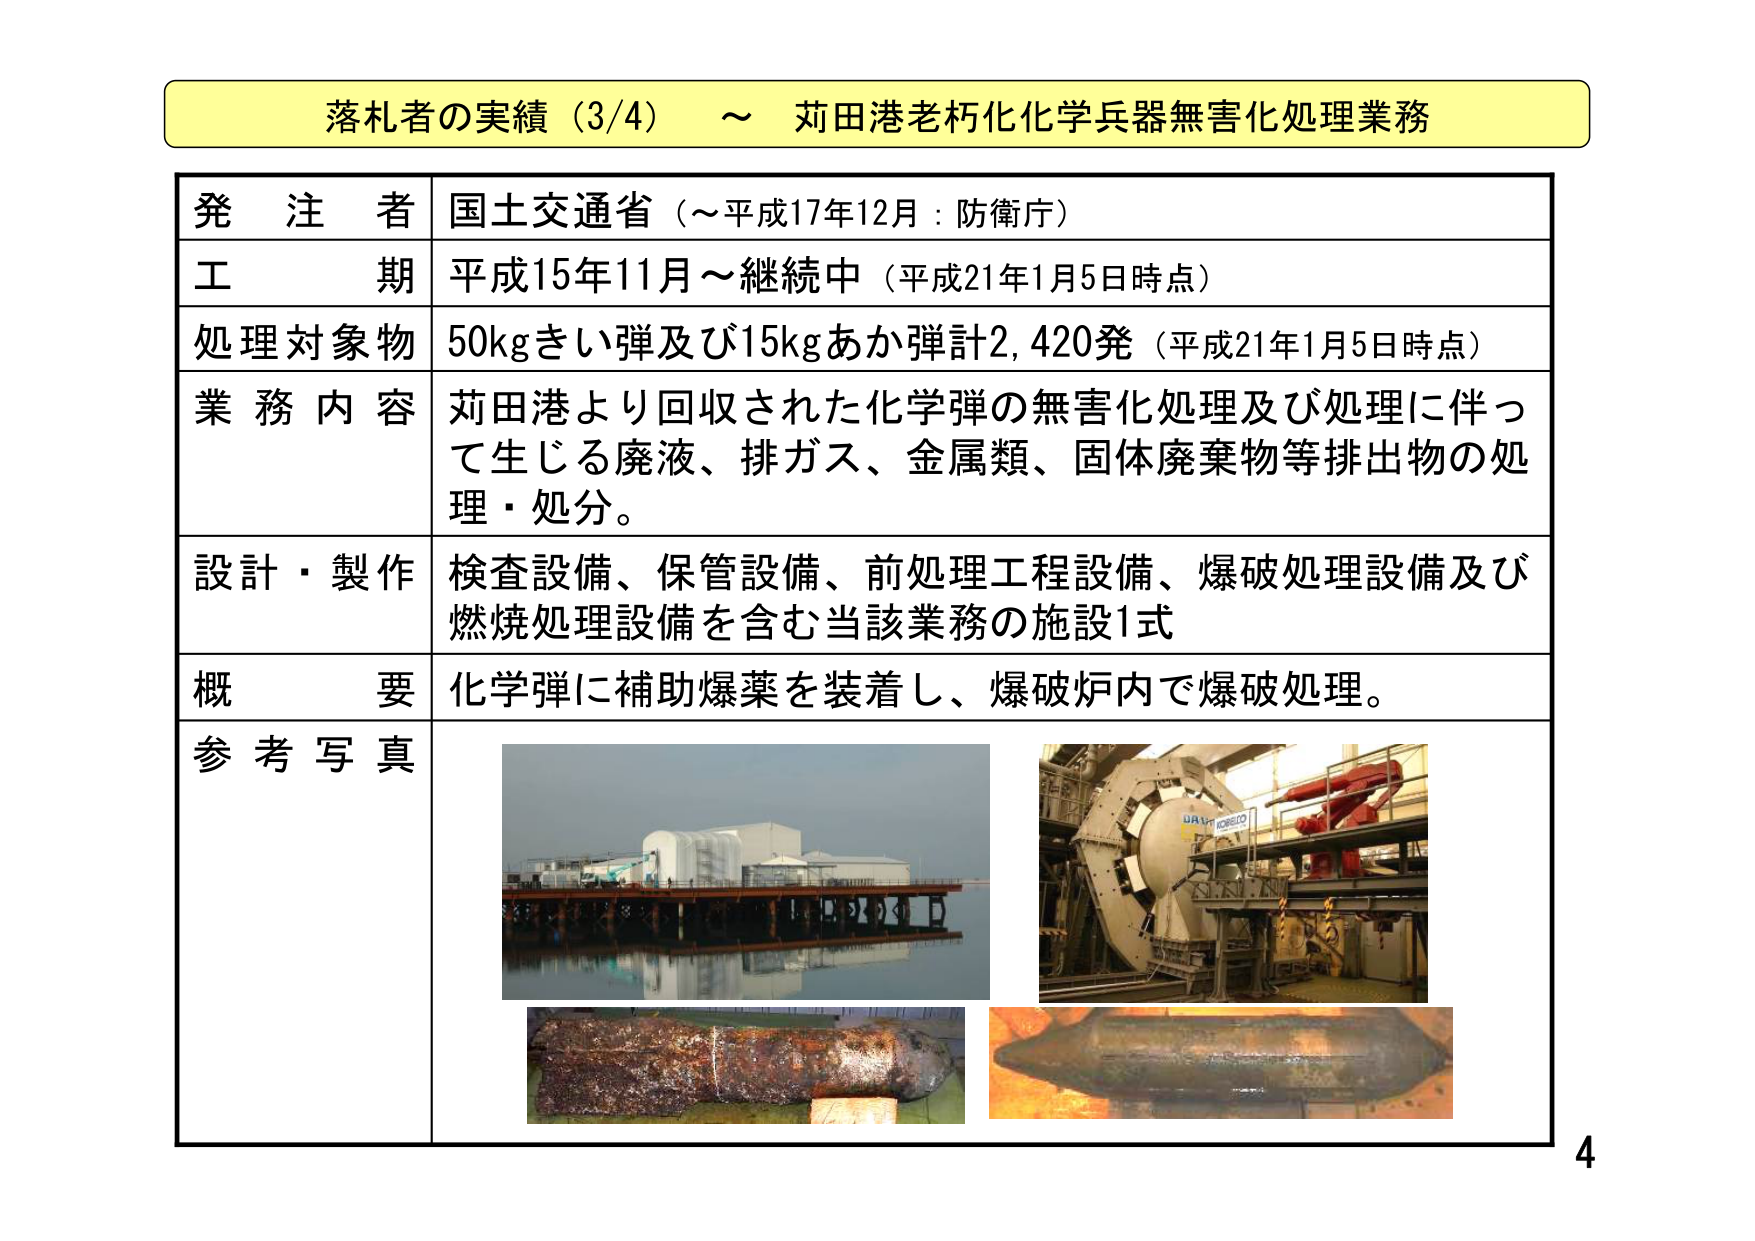
落札者の実績（3/4） ～ 茂田港老朽化化学兵器無害化処理業務

発注者 国土交通省（～平成17年12月：防衛庁）
工期 平成15年11月～継続中（平成21年1月5日時点）
処理対象物 50kgきい弾及び15kgあか弾計2,420発（平成21年1月5日時点）
業務内容 茂田港より回収された化学弾の無害化処理及び処理に伴って生じる廃液、排ガス、金属類、固体廃棄物等排出物の処理・処分。
設計・製作 検査設備、保管設備、前処理工程設備、爆破処理設備及び燃焼処理設備を含む当該業務の施設1式
概要 化学弾に補助爆薬を装着し、爆破炉内で爆破処理。
参考写真

UAV
KOBELCO

4